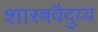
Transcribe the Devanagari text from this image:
शास्त्रवैदुय्य